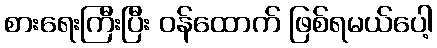
စားရေးကြီးပြီး ဝန်ထောက် ဖြစ်ရမယ်ပေါ့